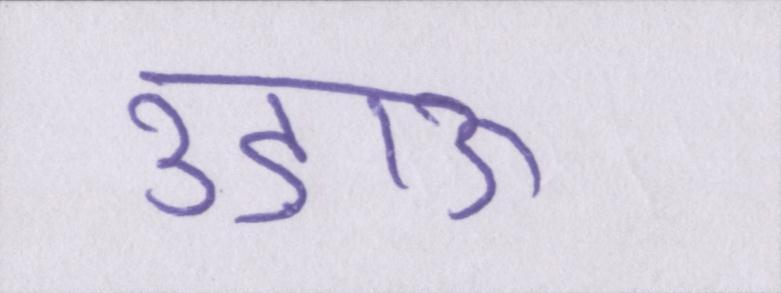
उड़ाऊ